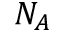
N _ { A }